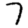
Digit: 7